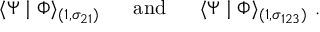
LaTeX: \langle \Psi \mid \Phi \rangle _ { ( 1 , \sigma _ { 2 1 } ) } ~ ~ ~ ~ ~ \mathrm { a n d } ~ ~ ~ ~ ~ \langle \Psi \mid \Phi \rangle _ { ( 1 , \sigma _ { 1 2 3 } ) } ~ .